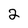
Character: 2